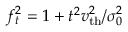
f _ { t } ^ { 2 } = 1 + t ^ { 2 } v _ { \mathrm { t h } } ^ { 2 } / \sigma _ { 0 } ^ { 2 }